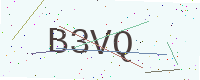
Text: B3VQ